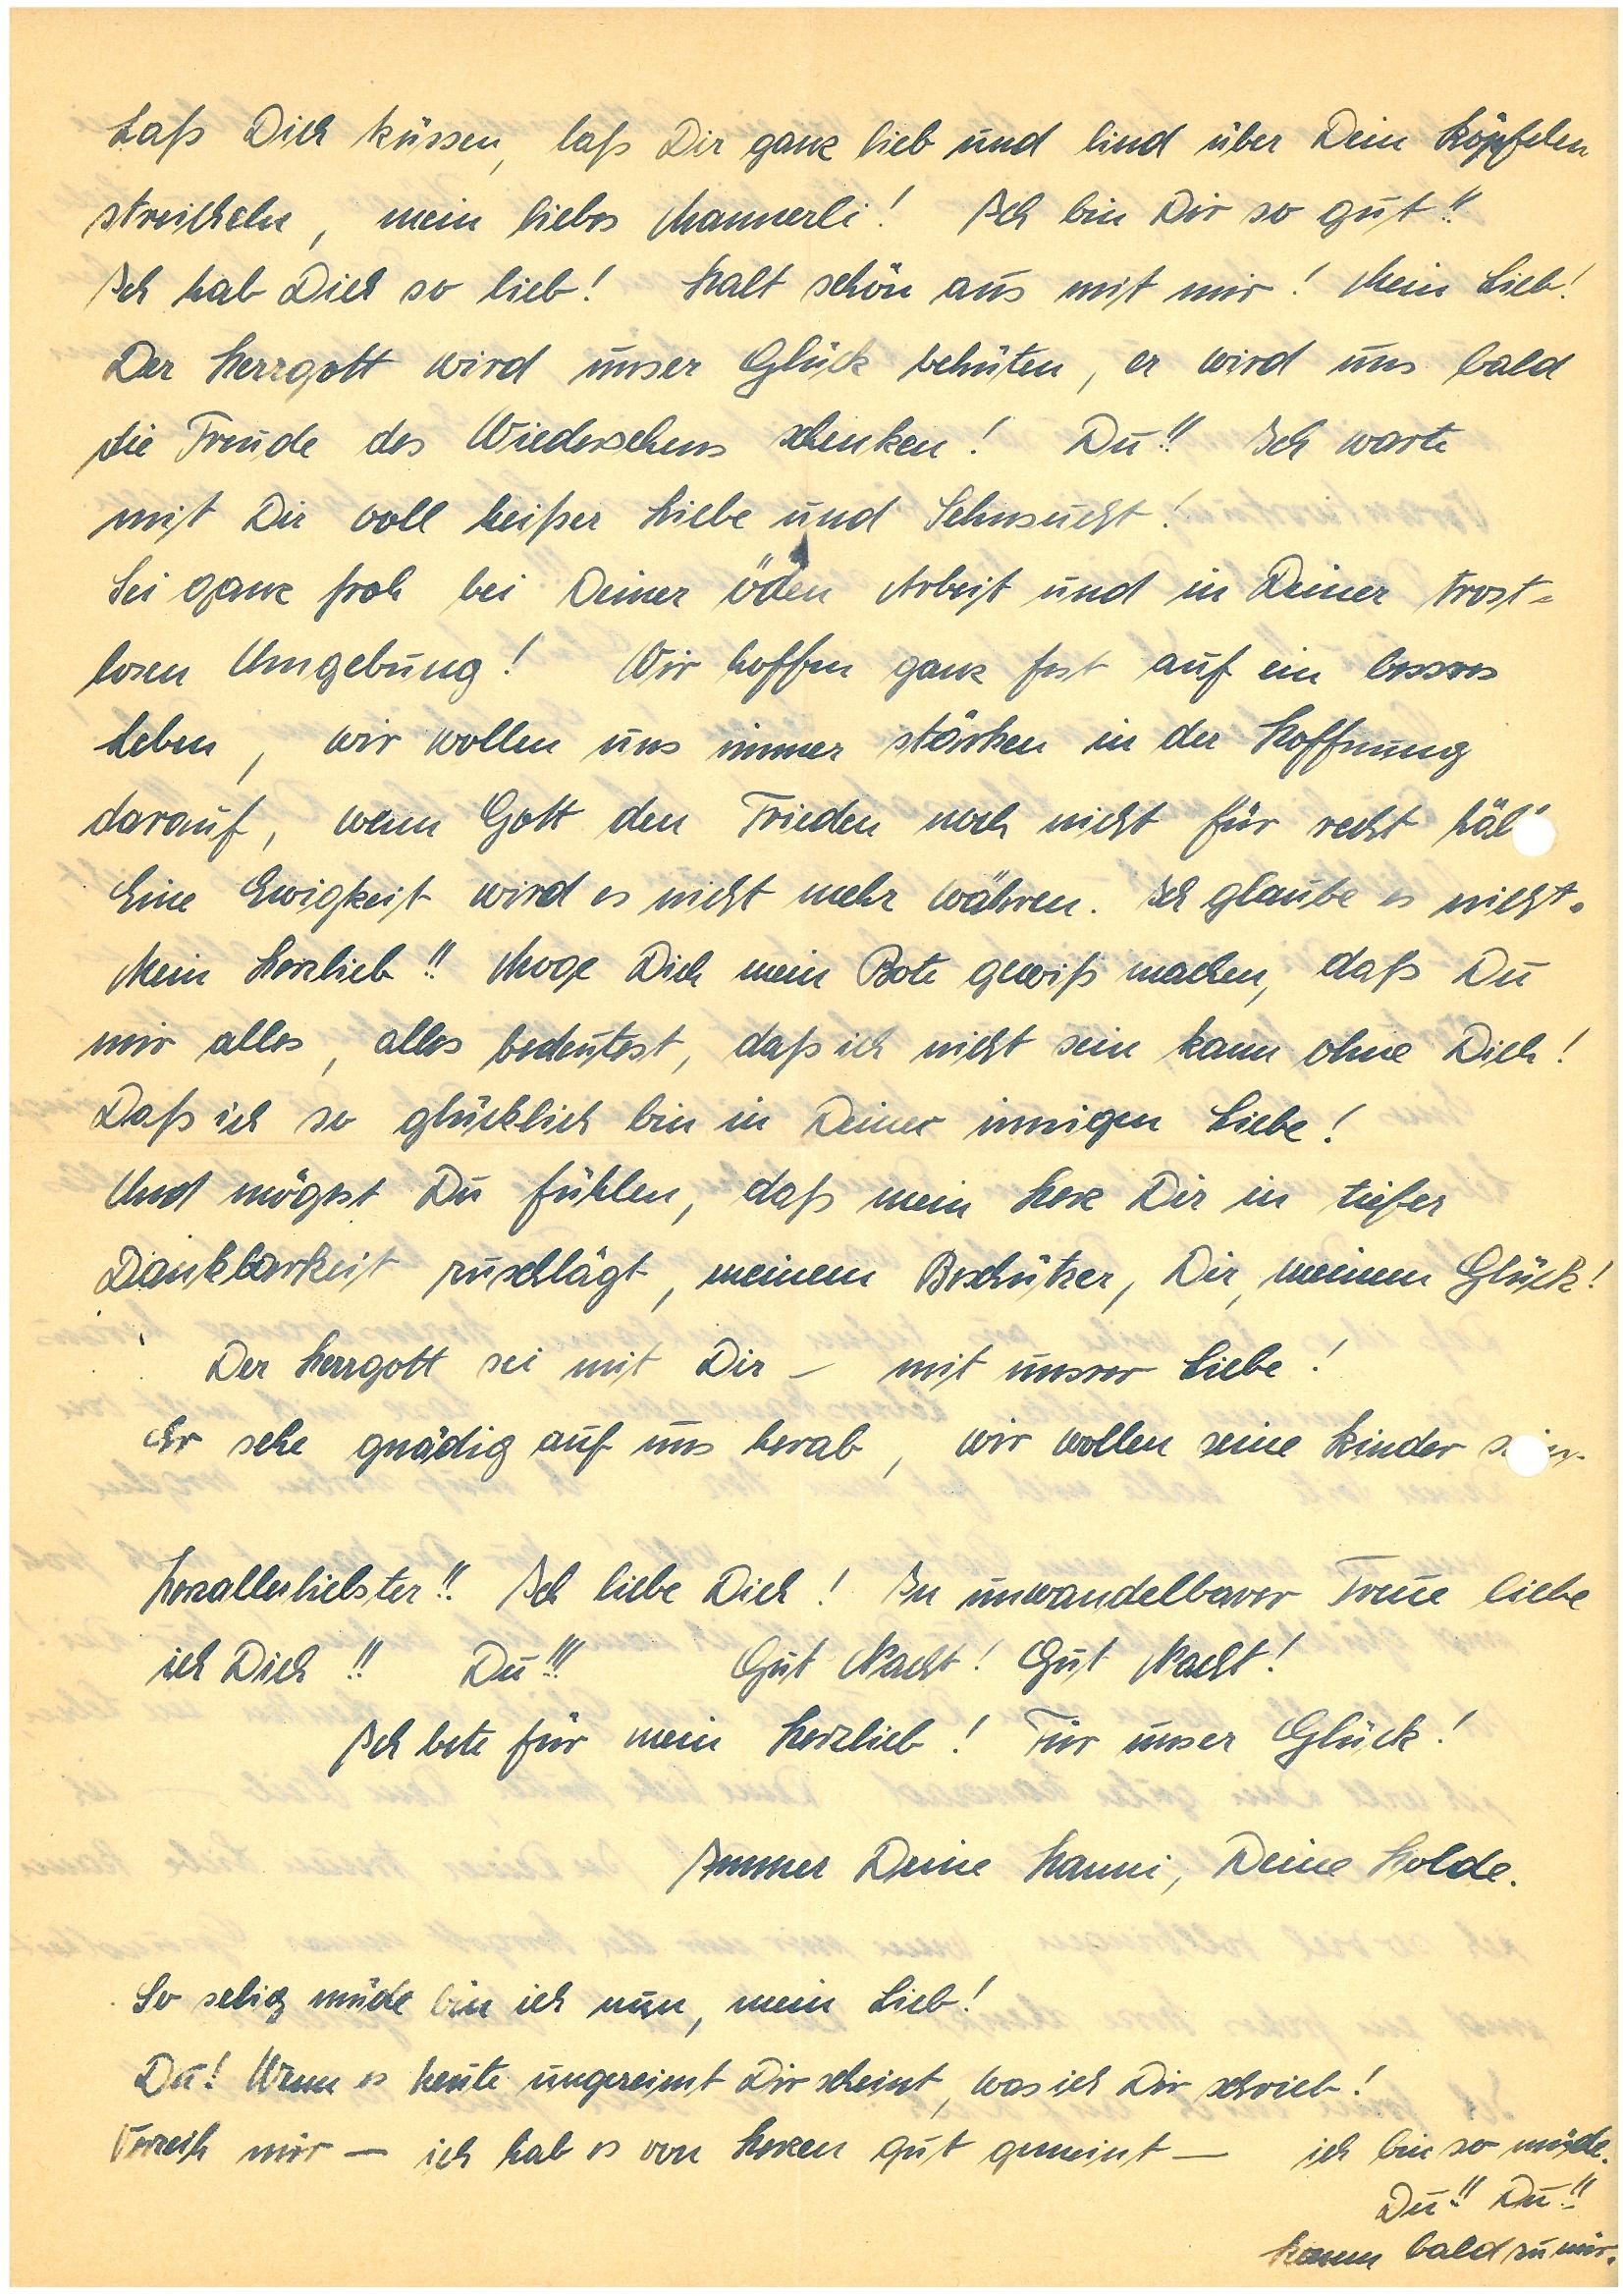
Laß Dich küssen, laß Dir ganz lieb und lind über dein Köpfchen
streicheln, mein liebes Mannerli! Ich bin Dir so gut!!
Ich hab Dich so lieb! Halt schön aus mit mir! Mein Lieb!
Der Herrgott wird unser Glück behüten, er wird uns bald
die Freude des Wiedersehens schenken! Du!! Ich warte
mit Dir voll heißer Liebe und Sehnsucht!
Sei ganz froh bei Deiner öden Arbeit und in Deiner trost¬
losen Umgebung! Wir hoffen ganz fest auf ein bessres
Leben, wir wollen uns immer stärken in der Hoffnung
darauf, wenn Gott den Frieden noch nicht für recht häl.
Eine Ewigkeit wird es nicht mehr währen. Ich glaube es nicht.
Mein Herzlieb!! Mge Dich mein Bote gewiß machen, daß Du
mir alles, alles bedeutest, daß ich nicht sein kann ohne Dich!
Daß ich so glücklich bin in Deiner innigen Liebe!
Und mögest Du fühlen, daß mein Herz Dir in tiefer
Dankbarkeit zuschlägt, meinem Beschützer, Dir, meinem Glück!
Der Herrgott sei mit Dir – mit unserer Liebe!
Er sehe gnädig auf uns herab, wir wollen seine Kinder sn.
Herzallerliebster!! Ich liebe Dich! In unwandelbarer Treue liebe
ich Dich!! Du!!! Gut Nacht! Gut Nacht!
Ich bete für mein Herzlieb! Für unser Glück!
Immer Deine , Deine Holde.
So selig müde bin ich nun, mein Lieb!
Du! Wenn es heute ungereimt Dir scheint, was ich Dir schrieb!
Verzeih mir – ich hab es von Herzen gut gemeint. Ich bin so müde.
Du!! Du!!
Komm bald zu mir.